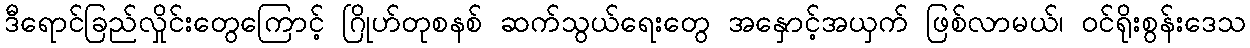
ဒီရောင်ခြည်လှိုင်းတွေကြောင့် ဂြိုဟ်တုစနစ် ဆက်သွယ်ရေးတွေ အနှောင့်အယှက် ဖြစ်လာမယ်၊ ဝင်ရိုးစွန်းဒေသ